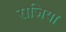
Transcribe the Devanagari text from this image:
राजिया